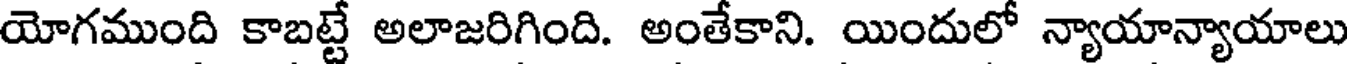
యోగముంది కాబట్టే అలాజరిగింది. అంతేకాని. యిందులో న్యాయాన్యాయాలు